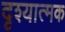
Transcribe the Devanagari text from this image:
दृश्‍यात्मक